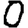
Digit: 0